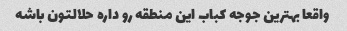
واقعا بهترین جوجه کباب این منطقه رو داره حلالتون باشه